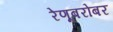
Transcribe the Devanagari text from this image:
रेणूबरोबर